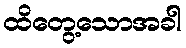
ထိတွေ့သောအခါ